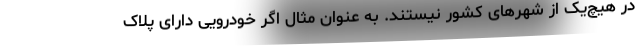
در هیچ‌یک از شهرهای کشور نیستند. به عنوان مثال اگر خودرویی دارای پلاک